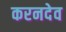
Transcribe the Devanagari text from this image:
करनदेव